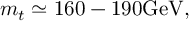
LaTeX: m _ { t } \simeq 1 6 0 - 1 9 0 \mathrm { G e V } ,